Medical and sanitary report of the native army of Bengal for the year
Year: 1877
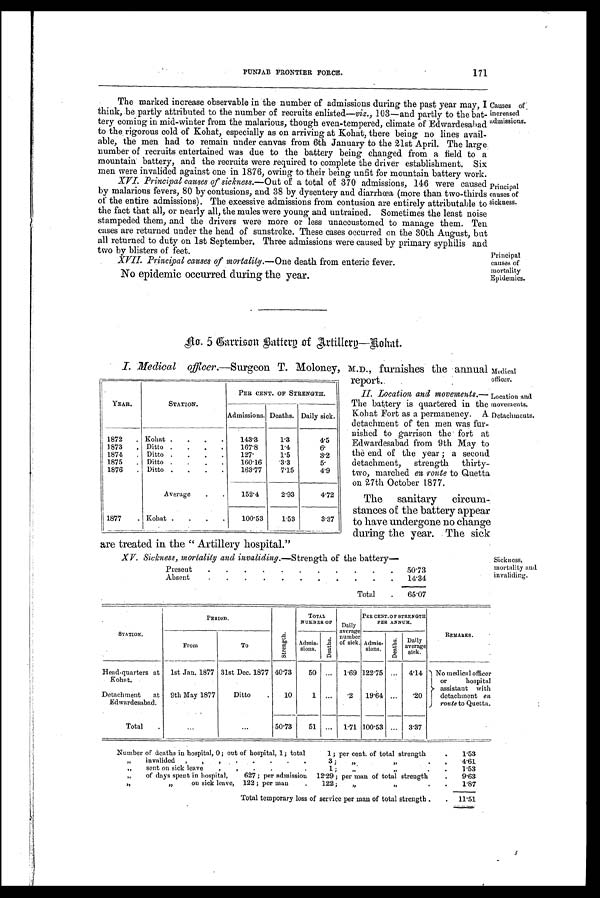
Medical
officer.
Location and
movements.
Detachments.
Sickness,
mortality and
invaliding.
PUNJAB FRONTIER FORCE.
171
The marked increase observable in the number of admissions during the past year may, I
think, be partly attributed to the number of recruits enlisted— viz., 103—and partly to the bat-
tery coming in mid-winter from the malarious, though even-tempered, climate of Edwardesabad
to the rigorous cold of Kohat, especially as on arriving at Kohat, there being no lines avail-
able, the men had to remain under canvas from 6th January to the 21st April. The large
number of recruits entertained was due to the battery being changed from a field to a
mountain battery, and the recruits were required to complete the driver establishment. Six
men were invalided against one in 1876, owing to their being unfit for mountain battery work.
XVI. Principal causes of sickness.— Out of a total of 370 admissions, 146 were caused
by malarious fevers, 80 by contusions, and 38 by dysentery and diarrhœa (more than two-thirds
of the entire admissions). The excessive admissions from contusion are entirely attributable to
the fact that all, or nearly all, the mules were young and untrained. Sometimes the least noise
stampeded them, and the drivers were more or less unaccustomed to manage them. Ten
cases are returned under the head of sunstroke. These cases occurred on the 30th August, but
all returned to duty on 1st September. Three admissions were caused by primary syphilis and
two by blisters of feet.
XVII.
XVII. Principal causes of mortality.— One death from enteric fever.
No epidemic occurred during the year.
Causes of,
increased
admissions.
Principal
causes of
sickness.
Principal
causes of
mortality
Epidemics.
No. 5 Carrison Battery of Artillery—Kohat.
YEAR.
STATION.
PER CENT. OF STRENGTH.
Admissions. Deaths. Daily sick.
1872
. Kohat .
.
.
.
143.3
1.3
4.5
1873
. Ditto .
.
.
.
167.8
1.4
6.
1874
. Ditto .
.
.
.
127.
1.5
3.2
1875
. Ditto .
.
.
.
160.16
3.3
5.
1876
. Ditto .
.
.
.
163.77
7.15
4.9
Average
.
.
152.4
2.93
4.72
1877
. Kohat .
.
.
.
100.53
1.53
3.37
Present
.
.
.
.
.
.
.
.
.
.
.
50.73
Absent
.
.
.
.
.
.
.
.
.
.
.
14.34
T o t a l
.
6 5 . 0 7
I. Medical officer.—Surgeon T. Moloney, M.D., furnishes the annual
report.
II. Location, and movements.—
The battery is quartered in the
Kohat Fort as a permanency. A
detachment of ten men was fur-
nished to garrison the fort at
Edwardesabad from 9th May to
the end of the year; a second
detachment, strength thirty-
two, marched en route to Quetta
on 27th October 1877.
The sanitary circum-
stances of the battery appeal
to have undergone no change
during the year. The sick
are treated in the "Artillery hospital."
XV. Sickness, mortality and invaliding.— Strength of the battery—
STATION.
PERIOD.
S t r e n g t h .
TOTAL
NUMBER O F S T R E N G T H .
Daily
average
number
of sick.
PER CENT. OF STRENGTH
PER ANNUM.
R E M A R K S .
From
To
Admis-
sions.
Admi s -
si ons.
Admis-
sions.
D e a t h s .
D a i l y a v e r a g e s i c k s .
Head-quarters at
Kohat.
1st Jan. 1877 31st Dec. 1877 40.13
50 ...
1.69 122.75 ...
4.14
No medical officer
or hospital
assistant with
detachment en
route to Quetta.
Detachment
at
Edwardesabad.
9th May 1877
Ditto
.
10
1 ...
.2
19.64 ...
.20
Total
.
. . .
...
50.13
51 ...
1.71 100.53 ...
3.37
Number of deaths in hospital, 0; out of hospital, 1; total
1 ; per cent. of total strength
.
1.53
„
invalided
,
, . .
.
.
.
.
3 ;
„
„
.
.
4.61
„
sent on sick leave
,
,
.
.
. . 1 ;
„
„
.
1.53
„
of days spent in hospital,
627 ; per admission 12.29 ; per man of total strength
.
9.63
„
„
on sick leave, 122; per man
.
122;
„
„
„
.
1.87
Total temporary loss of service per man of total strength .
. 11.51